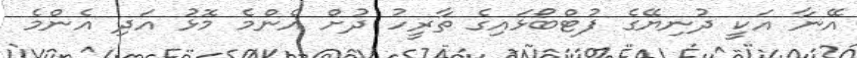
އޭނާ އަކީ ދުނިޔޭގެ ފުޓްބޯޅައިގެ ތާރީހު ދުށް އެންމެ މޮޅު އަދި އެންމެ